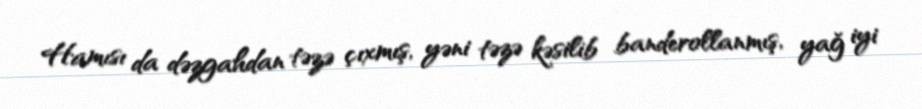
Hamısı da dəzgahdan təzə çıxmış, yəni təzə kəsilib banderollanmış, yağ iyi